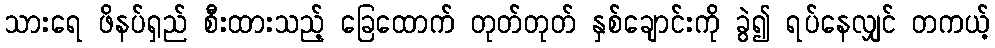
သားရေ ဖိနပ်ရှည် စီးထားသည့် ခြေထောက် တုတ်တုတ် နှစ်ချောင်းကို ခွဲ၍ ရပ်နေလျှင် တကယ့်